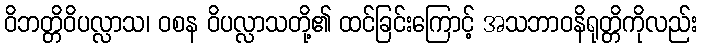
ဝိဘတ္တိဝိပလ္လာသ၊ ဝစန ဝိပလ္လာသတို့၏ ထင်ခြင်းကြောင့် အသဘာဝနိရုတ္တိကိုလည်း